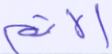
الإثم